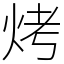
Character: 烤